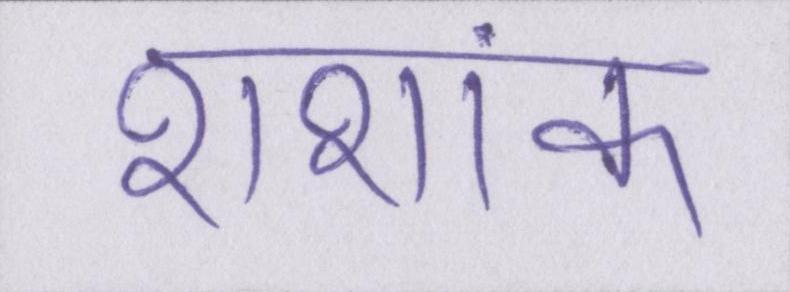
शशांक